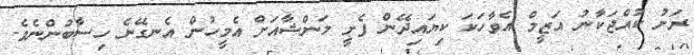
ރަށު ކުއްޖަކާނު އަޒީމް އެވާހަކަ ކިޔައިދޭން ފެށީ މަންޝާއަށް އެމީހުން އެނގޭނެ ހިސާބުންނެވެ.